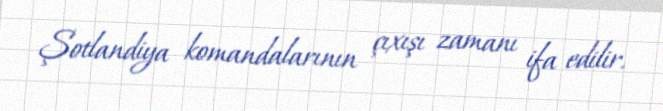
Şotlandiya komandalarının çıxışı zamanı ifa edilir.